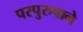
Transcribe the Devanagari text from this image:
परपुरुषाने